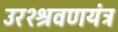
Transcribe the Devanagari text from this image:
उरश्श्रवणयंत्र